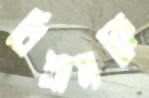
বিশ্রামকে